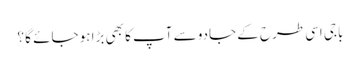
باجی اسی طرح کے جادو سے آپ کا بھی بڑا ہو جائے گا ؟